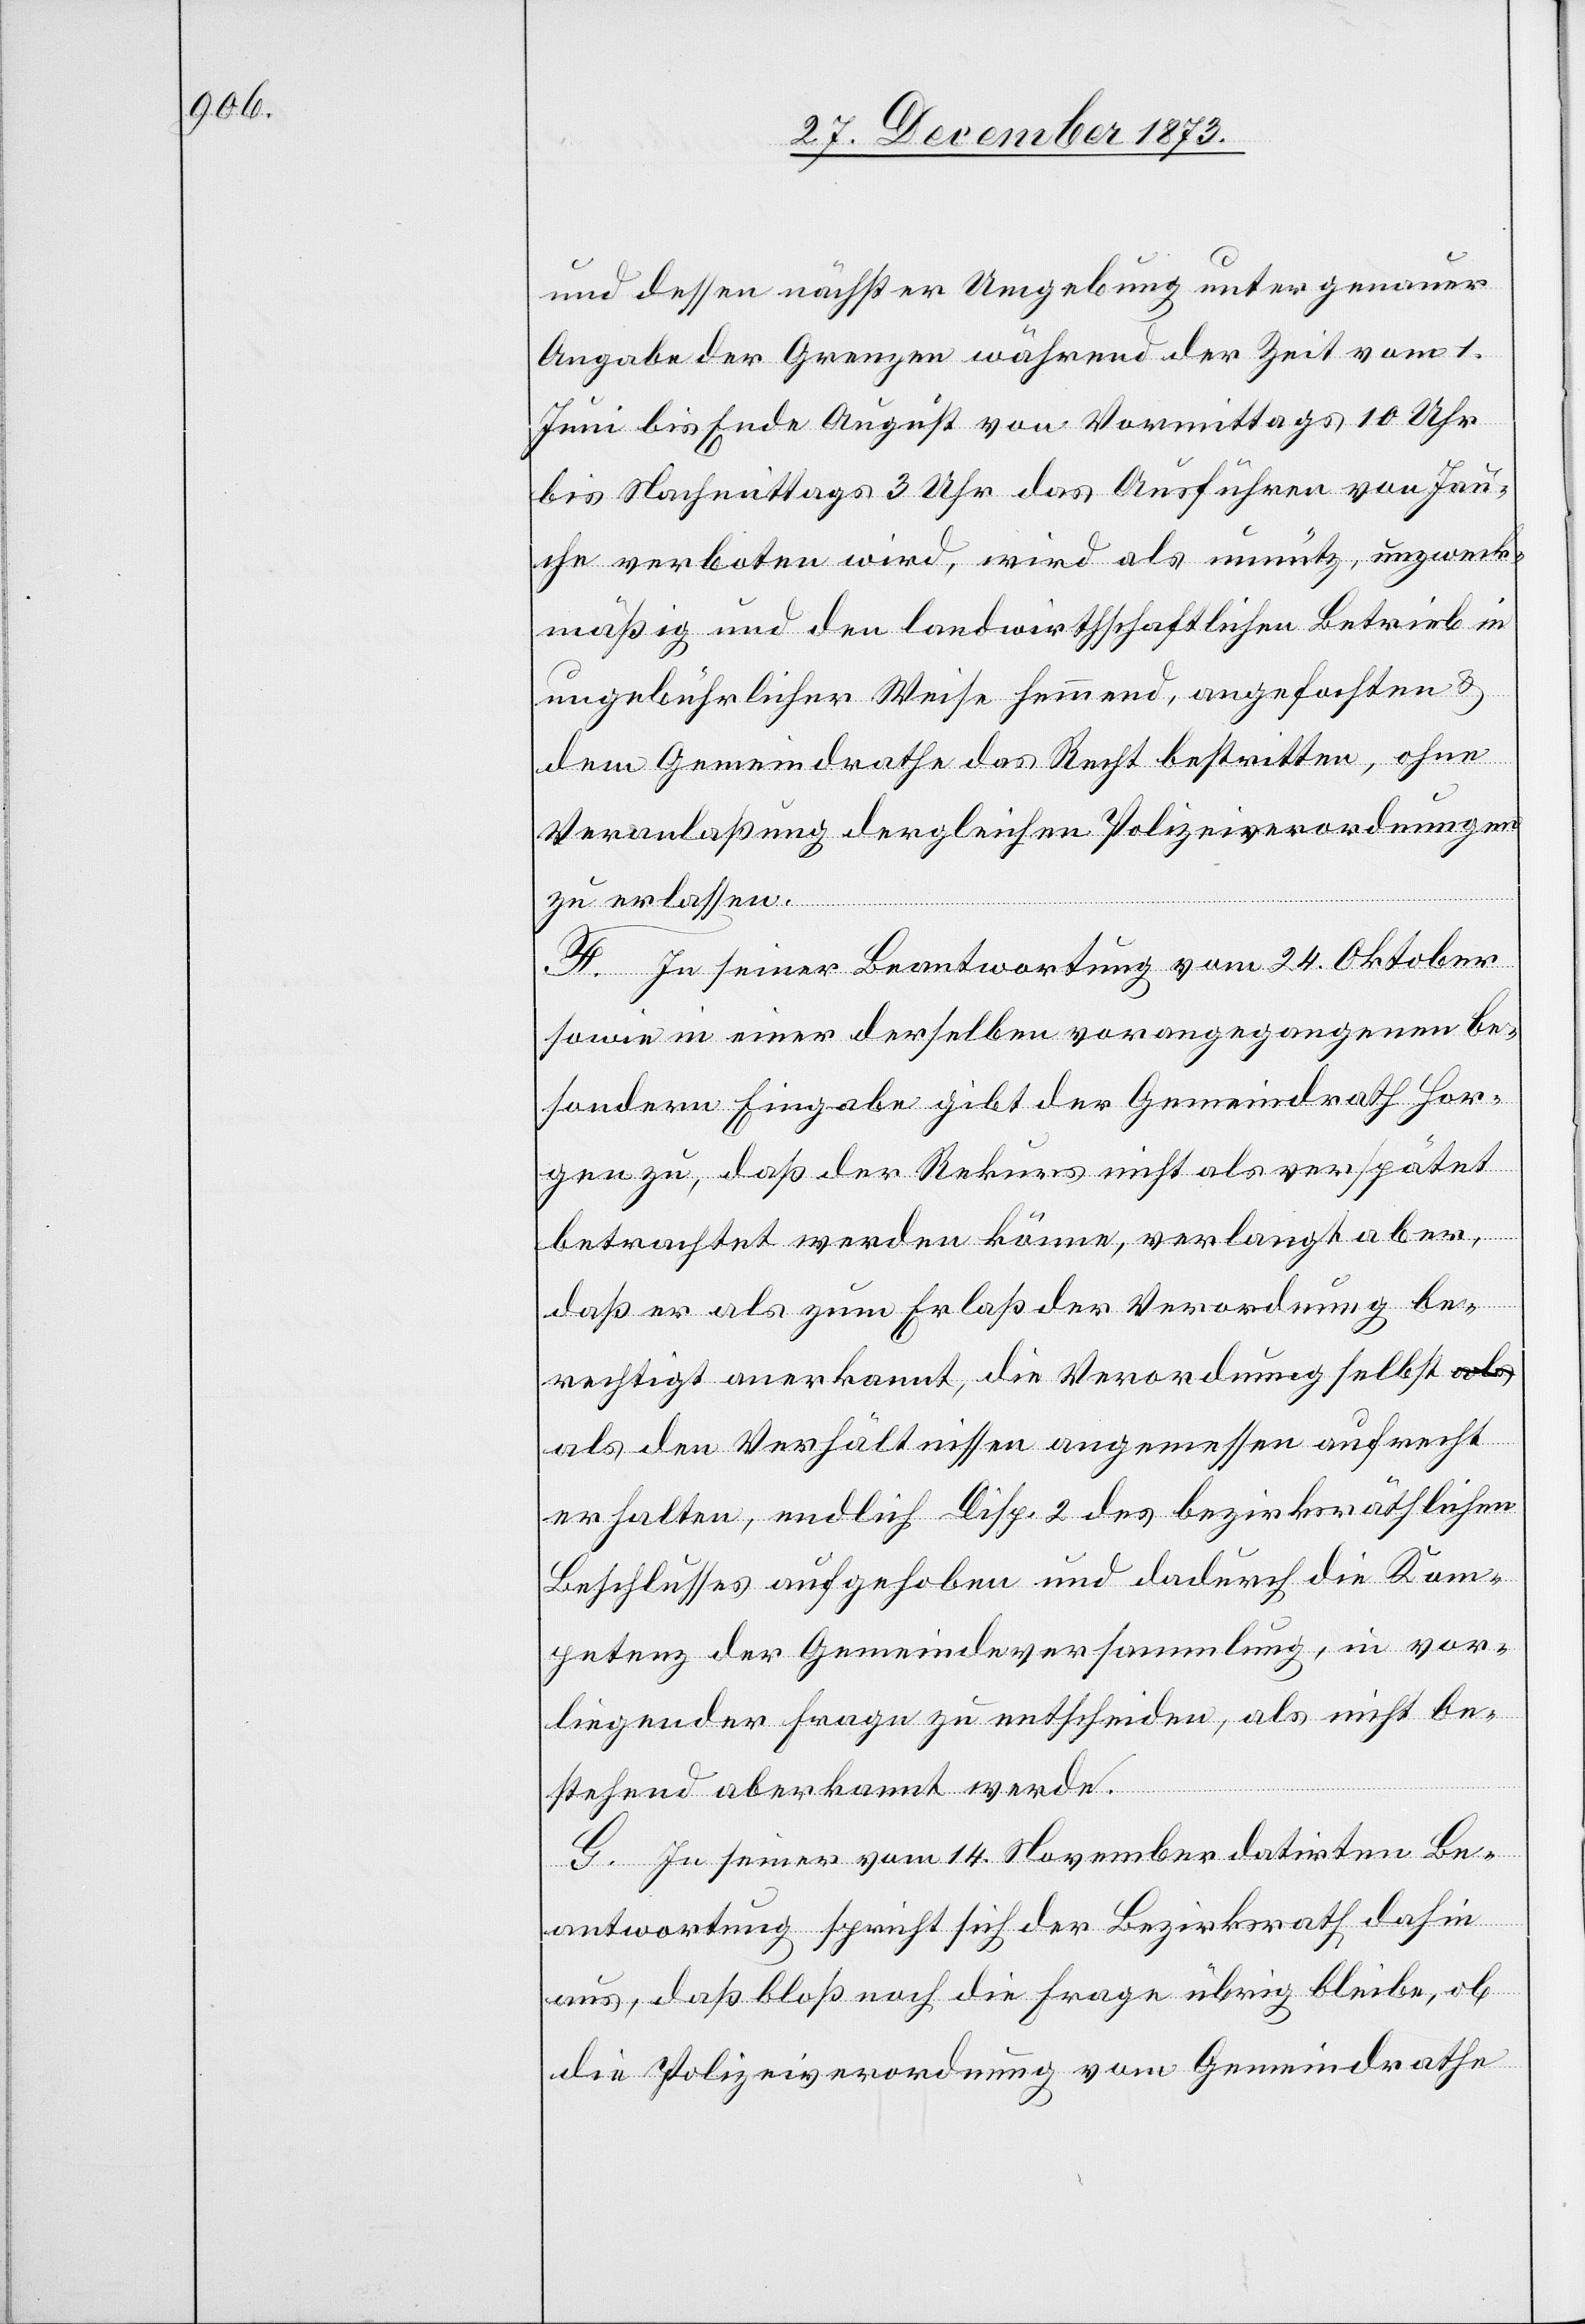
und dessen nächster Umgebung unter genauer
Angabe der Grenzen während der Zeit vom 1.
Juni bis Ende August von Vormittags 10 Uhr
bis Nachmittags 3 Uhr das Ausführen von Jau¬
che verboten wird, wird als unnütz, unzweck¬
mäßig und den landwirthschaftlichen Betrieb in
ungebührlicher Weise hemmend, angefochten &
dem Gemeindrathe das Recht bestritten, ohne
Veranlaßung dergleichen Polizeiverordnungen
zu erlassen.
F. In seiner Beantwortung vom 24. Oktober
sowie in einer derselben vorangegangenen be¬
sondern Eingabe gibt der Gemeindrath Hor¬
gen zu, daß der Rekurs nicht als verspätet
betrachtet werden könne, verlangt aber,
daß er als zum Erlaß der Verordnung be¬
rechtigt anerkannt, die Verordnung selbst
als den Verhältnissen angemessen aufrecht
erhalten, endlich Disp. 2 des bezirksräthlichen
Beschlusses aufgehoben und dadurch die Kom¬
petenz der Gemeindeversammlung, in vor¬
liegender Frage zu entscheiden, als nicht be¬
stehend aberkannt werde.
G. In seiner vom 14. November datirten Be¬
antwortung spricht sich der Bezirksrath dahin
aus, daß bloß noch die Frage übrig bleibe, ob
die Polizeiverordnung vom Gemeindrathe